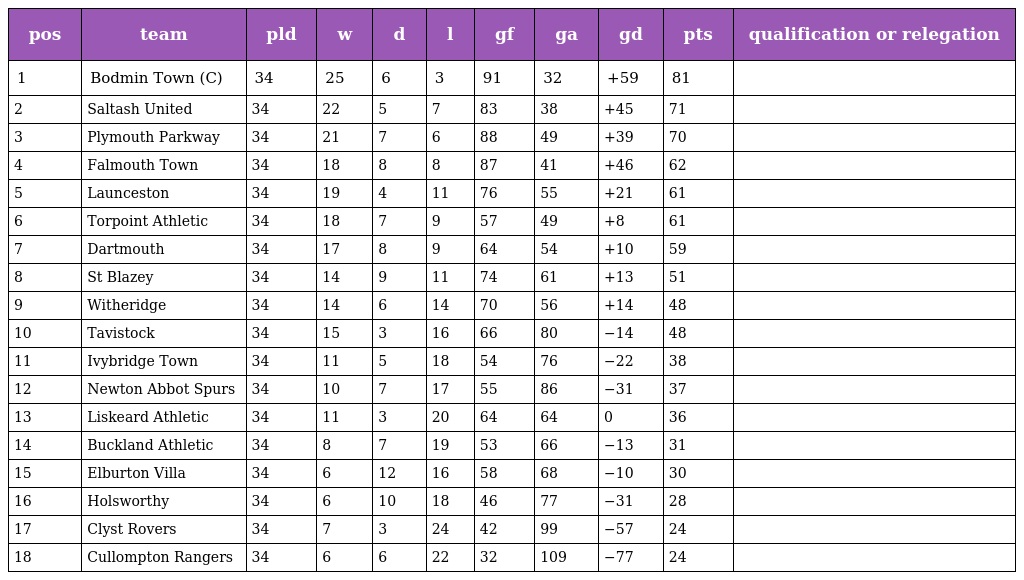
| pos | team | pld | w | d | l | gf | ga | gd | pts | qualification or relegation |
 | --- | --- | --- | --- | --- | --- | --- | --- | --- | --- | --- |
 | 1 | Bodmin Town (C) | 34 | 25 | 6 | 3 | 91 | 32 | +59 | 81 |  |
 | 2 | Saltash United | 34 | 22 | 5 | 7 | 83 | 38 | +45 | 71 |  |
 | 3 | Plymouth Parkway | 34 | 21 | 7 | 6 | 88 | 49 | +39 | 70 |  |
 | 4 | Falmouth Town | 34 | 18 | 8 | 8 | 87 | 41 | +46 | 62 |  |
 | 5 | Launceston | 34 | 19 | 4 | 11 | 76 | 55 | +21 | 61 |  |
 | 6 | Torpoint Athletic | 34 | 18 | 7 | 9 | 57 | 49 | +8 | 61 |  |
 | 7 | Dartmouth | 34 | 17 | 8 | 9 | 64 | 54 | +10 | 59 |  |
 | 8 | St Blazey | 34 | 14 | 9 | 11 | 74 | 61 | +13 | 51 |  |
 | 9 | Witheridge | 34 | 14 | 6 | 14 | 70 | 56 | +14 | 48 |  |
 | 10 | Tavistock | 34 | 15 | 3 | 16 | 66 | 80 | −14 | 48 |  |
 | 11 | Ivybridge Town | 34 | 11 | 5 | 18 | 54 | 76 | −22 | 38 |  |
 | 12 | Newton Abbot Spurs | 34 | 10 | 7 | 17 | 55 | 86 | −31 | 37 |  |
 | 13 | Liskeard Athletic | 34 | 11 | 3 | 20 | 64 | 64 | 0 | 36 |  |
 | 14 | Buckland Athletic | 34 | 8 | 7 | 19 | 53 | 66 | −13 | 31 |  |
 | 15 | Elburton Villa | 34 | 6 | 12 | 16 | 58 | 68 | −10 | 30 |  |
 | 16 | Holsworthy | 34 | 6 | 10 | 18 | 46 | 77 | −31 | 28 |  |
 | 17 | Clyst Rovers | 34 | 7 | 3 | 24 | 42 | 99 | −57 | 24 |  |
 | 18 | Cullompton Rangers | 34 | 6 | 6 | 22 | 32 | 109 | −77 | 24 |  |